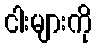
ငါးများကို